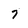
Character: 7